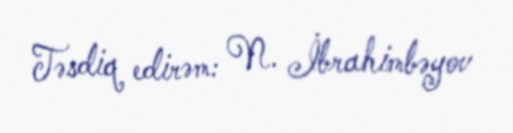
Təsdiq edirəm: N. İbrahimbəyov